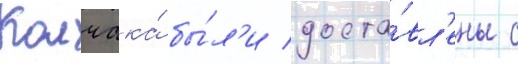
Колчака́ бы́л'и доста́вл'ены с